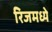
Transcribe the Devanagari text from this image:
रिजमध्ये